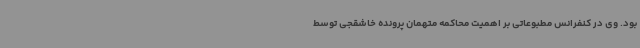
بود. وی در کنفرانس مطبوعاتی بر اهمیت محاکمه متهمان پرونده خاشقجی توسط